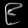
Digit: ၉